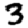
Digit: 3